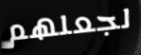
لجعلهم